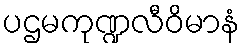
ပဌမကုဏ္ဍလီဝိမာနံ